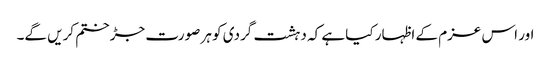
اور اس عزم کے اظہار کیا ہے کہ دہشت گردی کو ہر صورت جڑ ختم کریں گے۔